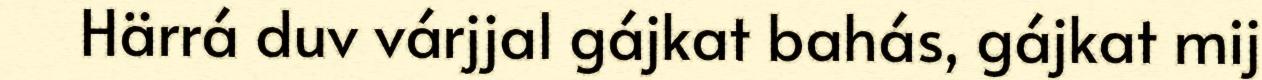
Härrá duv várjjal gájkat bahás, gájkat mij